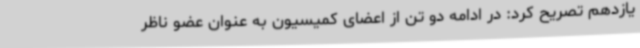
یازدهم تصریح کرد: در ادامه دو تن از اعضای کمیسیون به عنوان عضو ناظر